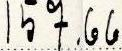
157.66